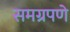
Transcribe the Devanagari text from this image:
समग्रपणे